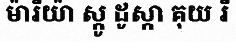
ម៉ារីយ៉ា ស្កូ ដូស្កា គុយ រី